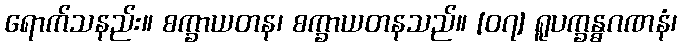
ရောက်သနည်း။ စက္ခာယတန၊ စက္ခာယတနသည်။ [၀၇] ရူပက္ခန္ဓဂဏနံ၊